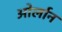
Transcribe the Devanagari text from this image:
ओर्लान